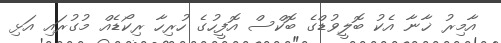
އާމިރު ޚާނާ އެކު ބޮލީވުޑްގެ ބޮކްސް އޮފީހުގެ ހުރިހާ ރިކޯޑެއް މުގުރައި އަޅި